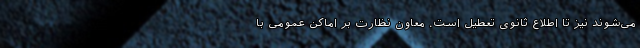
می‌شوند نیز تا اطلاع ثانوی تعطیل است. معاون نظارت بر اماکن عمومی با